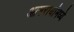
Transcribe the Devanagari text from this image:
आमरायांमध्ये